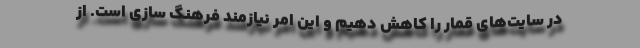
در سایت‌های قمار را کاهش دهیم و این امر نیازمند فرهنگ سازی است. از